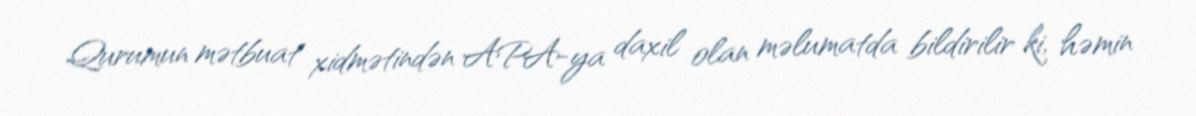
Qurumun mətbuat xidmətindən APA-ya daxil olan məlumatda bildirilir ki, həmin